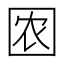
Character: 𱕽